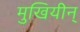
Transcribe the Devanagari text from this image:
मुखियीन्